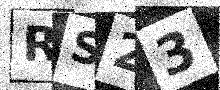
Text: RS23